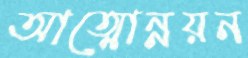
আত্মোন্নয়ন